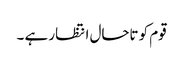
قوم کو تاحال انتظار ہے ۔